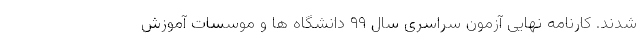
شدند. کارنامه نهایی آزمون سراسری سال ۹۹ دانشگاه ها و موسسات آموزش